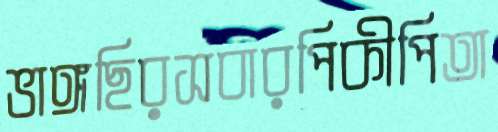
ভাঙ্গছিরসবারপিকীপিতা